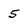
Character: 5